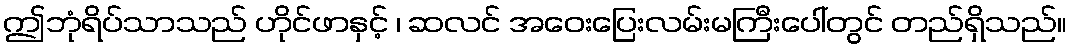
ဤဘုံရိပ်သာသည် ဟိုင်ဖာနှင့် ၊ ဆလင် အဝေးပြေးလမ်းမကြီးပေါ်တွင် တည်ရှိသည်။